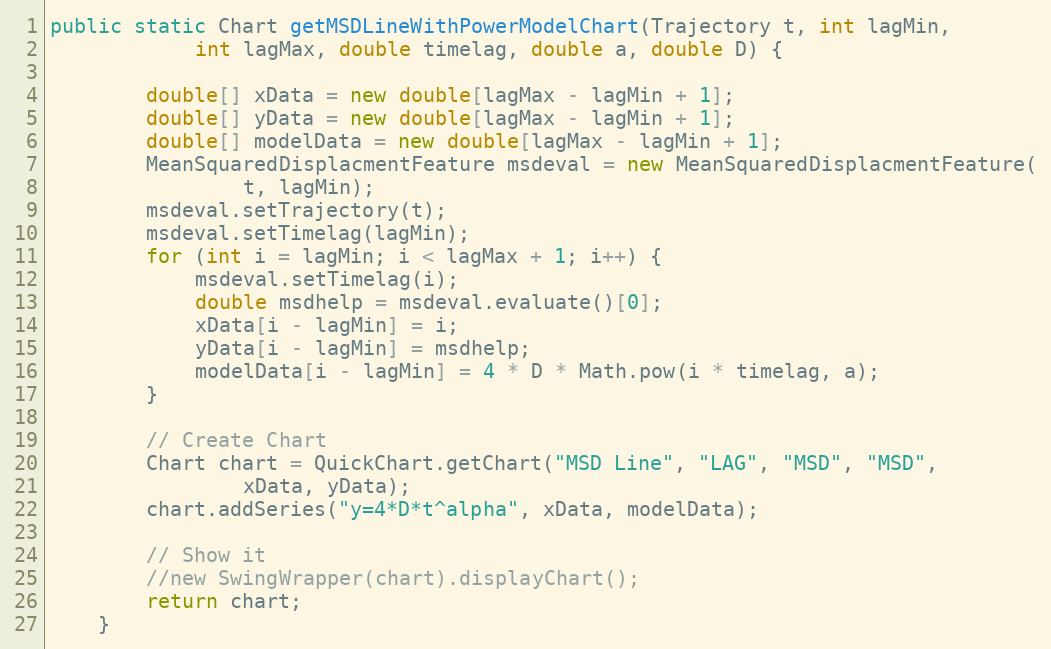
Language: Java
public static Chart getMSDLineWithPowerModelChart(Trajectory t, int lagMin,
			int lagMax, double timelag, double a, double D) {

		double[] xData = new double[lagMax - lagMin + 1];
		double[] yData = new double[lagMax - lagMin + 1];
		double[] modelData = new double[lagMax - lagMin + 1];
		MeanSquaredDisplacmentFeature msdeval = new MeanSquaredDisplacmentFeature(
				t, lagMin);
		msdeval.setTrajectory(t);
		msdeval.setTimelag(lagMin);
		for (int i = lagMin; i < lagMax + 1; i++) {
			msdeval.setTimelag(i);
			double msdhelp = msdeval.evaluate()[0];
			xData[i - lagMin] = i;
			yData[i - lagMin] = msdhelp;
			modelData[i - lagMin] = 4 * D * Math.pow(i * timelag, a);
		}

		// Create Chart
		Chart chart = QuickChart.getChart("MSD Line", "LAG", "MSD", "MSD",
				xData, yData);
		chart.addSeries("y=4*D*t^alpha", xData, modelData);

		// Show it
		//new SwingWrapper(chart).displayChart();
		return chart;
	}